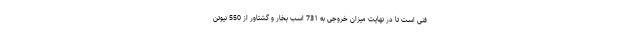
فنی است تا در نهایت میزان خروجی به 731 اسب بخار و گشتاور از 550 نیوتن